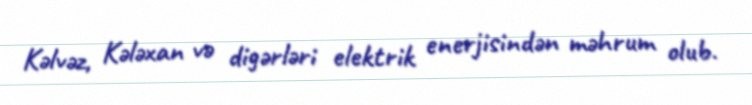
Kəlvəz, Kələxan və digərləri elektrik enerjisindən məhrum olub.